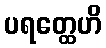
ပရတ္ထေဟိ